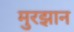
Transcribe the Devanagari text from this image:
मुरझान